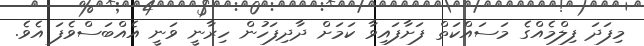
މިފަދަ ފިލްމެއްގެ މަސައްކަތް ފަށާފައިވާ ކަމަށް ދާދިފަހުން ހިރާނީ ވަނީ އެއްބަސްވެފަ އެވެ.